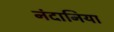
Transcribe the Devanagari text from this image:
नंदानिया